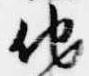
他